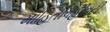
માહિતીવહીવટી